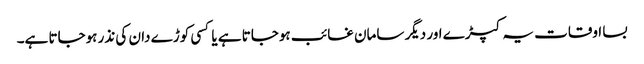
بسا اوقات یہ کپڑے اور دیگر سامان غائب ہوجاتا ہے یا کسی کوڑے دان کی نذر ہوجاتا ہے۔